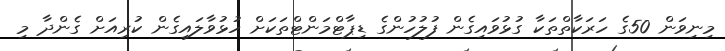
މިނިވަން 50ގެ ހަރަކާތްތަކާ ގުޅުވައިގެން ފުލުހުންގެ ޑިޕާޓްމަންޓްތަކަށް ހުޅުވާލައިގެން ކުރިއަށް ގެންދާ މި